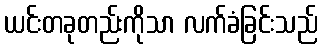
ယင်းတခုတည်းကိုသာ လက်ခံခြင်းသည်